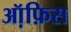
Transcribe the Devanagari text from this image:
ऑ़फ़िस